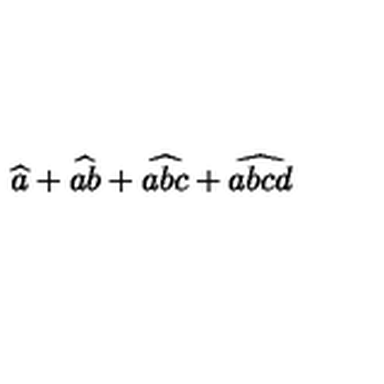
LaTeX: \widehat { a } + \widehat { a b } + \widehat { a b c } + \widehat { a b c d }